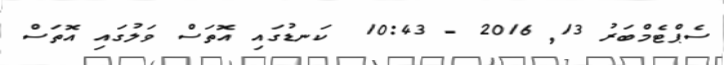
ސެޕްޓެމްބަރު 13